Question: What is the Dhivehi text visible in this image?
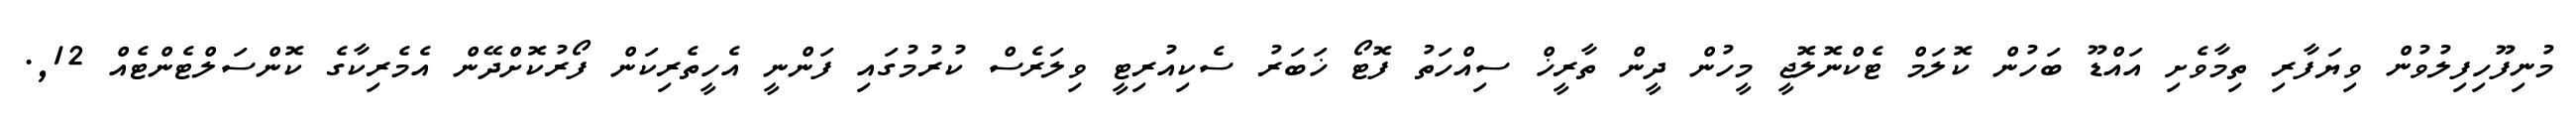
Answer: މުނިފޫހިފިލުވުން ވިޔަފާރި ތިމާވެށި އައްޑޫ ބަހުން ކޮލަމް ޓެކްނޮލޮޖީ މީހުން ދީން ތާރީޚް ސިއްހަތު ފޮޓޯ ޚަބަރު ސެކިއުރިޓީ ވިލަރެސް ކުރުމުގައި ފަންނީ އެހީތެރިކަން ފޯރުކޮށްދޭން އެމެރިކާގެ ކޮންސަލްޓެންޓެއް 12,.